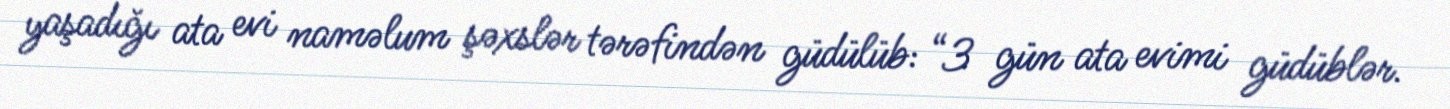
yaşadığı ata evi naməlum şəxslər tərəfindən güdülüb: “3 gün ata evimi güdüblər.